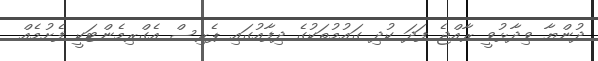
ދުންޔާ ވިދާޅުވީ ރާއްޖެ ފަދަ ކުދި ގައުމުތަކުގެ ދިފާއުގައި ޕެރިސް އެގްރިމެންޓަކީ ފެށުމެއް